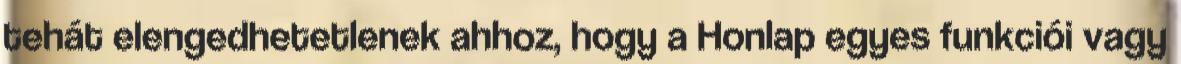
tehát elengedhetetlenek ahhoz, hogy a Honlap egyes funkciói vagy